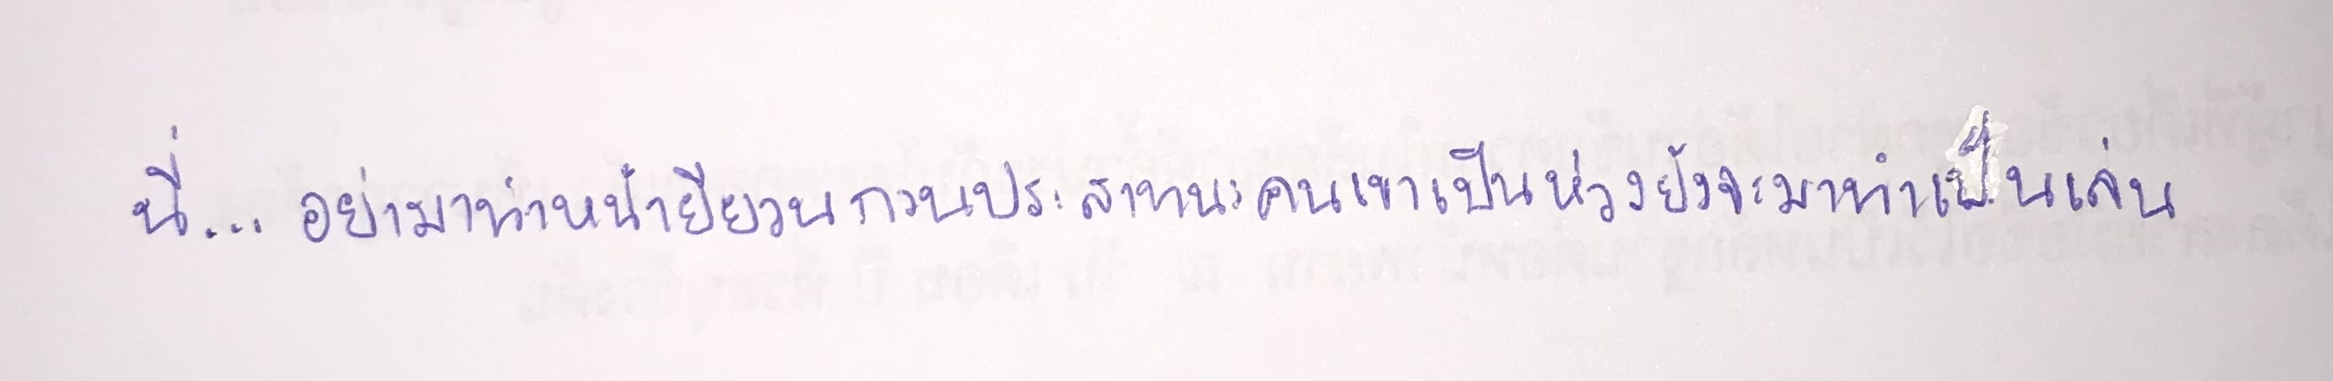
นี่...อย่ามาทำหน้ายียวนกวนประสาทนะคนเขาเป็นห่วงยังจะมาทำเป็นเล่น"